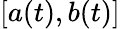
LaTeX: [a(t),b(t)]